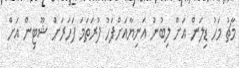
މާޗު މަހު ޑިލަން އަށް ލިބުނު އަނިޔާއަށްފަހު ފުރަތަމަ ފަހަރަށް ޝޫޓިން އަށް